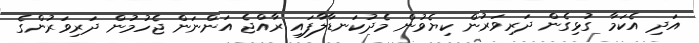
އަދި އެކަމާ ގުޅިގެން ދަރިވަރުން ކިޔެވުން މެދުކަނޑާލާފައި ރާއްޖެ އަންނަން ޖެހުމުން ދަރިވަރުންގެ